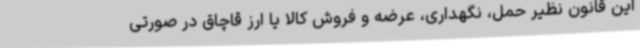
این قانون نظیر حمل، نگهداری، عرضه و فروش کالا یا ارز قاچاق در صورتی